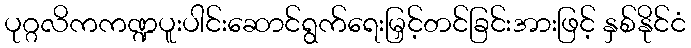
ပုဂ္ဂလိကကဏ္ဍပူးပါင်းဆောင်ရွက်ရေးမြှင့်တင်ခြင်းအားဖြင့် နှစ်နိုင်ငံ